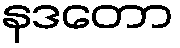
နဒတော